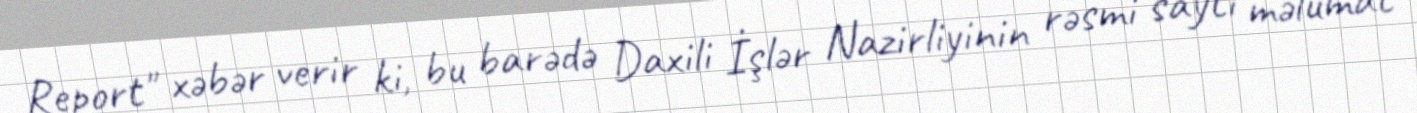
Report" xəbər verir ki, bu barədə Daxili İşlər Nazirliyinin rəsmi saytı məlumat